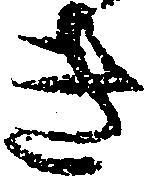
き